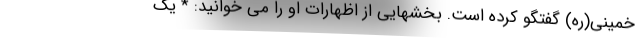
خمینی(ره) گفتگو کرده است. بخشهایی از اظهارات او را می خوانید: * یک